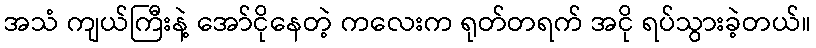
အသံ ကျယ်ကြီးနဲ့ အော်ငိုနေတဲ့ ကလေးက ရုတ်တရက် အငို ရပ်သွားခဲ့တယ်။